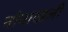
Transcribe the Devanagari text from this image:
नोवाखली